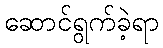
ဆောင်ရွက်ခဲ့ရာ